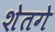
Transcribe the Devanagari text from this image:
शेतगे